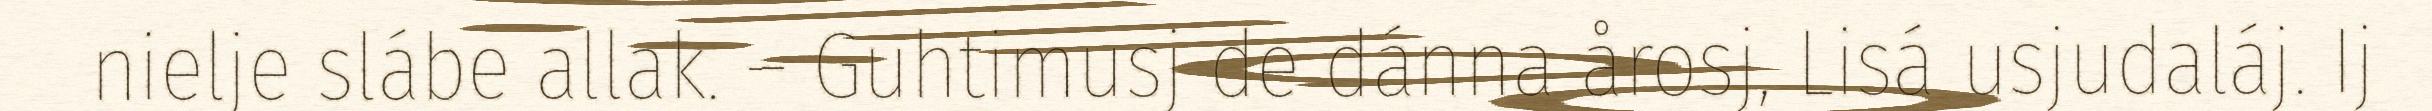
nielje slábe allak. – Guhtimusj de dánna årosj, Lisá usjudaláj. Ij